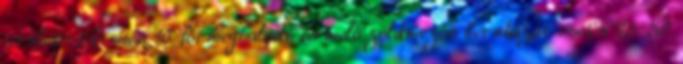
területértékesítés 10 főt meghaladó termelő zöldmezős beruházás esetén 25-50